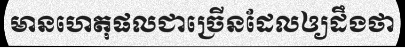
មានហេតុផលជាច្រើនដែលឲ្យដឹងថា